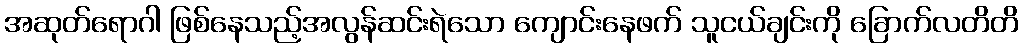
အဆုတ်ရောဂါ ဖြစ်နေသည့်အလွန်ဆင်းရဲသော ကျောင်းနေဖက် သူငယ်ချင်းကို ခြောက်လတိတိ